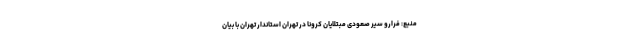
منبع: فرارو سیر صعودی مبتلایان کرونا در تهران استاندار تهران با بیان